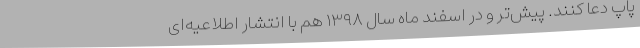
پاپ دعا کنند. پیش‌تر و در اسفند ماه سال ۱۳۹۸ هم با انتشار اطلاعیه‌ای